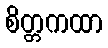
စိတ္တကထာ